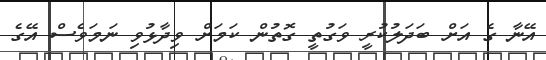
އޭނާ ގެ އަށް ބަދަލުކުރީ ވަގުތީ ގޮތުން ކަމަށް ވިދާޅުވި ނަމަވެސް އޭގެ